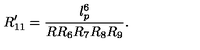
R _ { 1 1 } ^ { \prime } = \frac { l _ { p } ^ { 6 } } { R R _ { 6 } R _ { 7 } R _ { 8 } R _ { 9 } } .